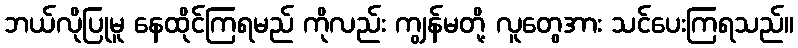
ဘယ်လိုပြုမူ နေထိုင်ကြရမည် ကိုလည်း ကျွန်မတို့ လူတွေအား သင်ပေးကြရသည်။